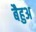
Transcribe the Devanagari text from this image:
बैहुअ